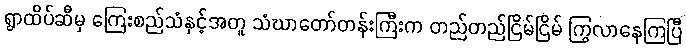
ရွာထိပ်ဆီမှ ကြေးစည်သံနှင့်အတူ သံဃာတော်တန်းကြီးက တည်တည်ငြိမ်ငြိမ် ကြွလာနေကြပြီ